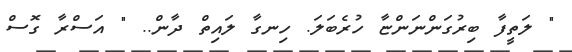
" ލަތީފާ ބިރުގަންނަންޏާ ހުރެބަލަ. ހިނގާ ލައިތް ދާން.. " އަސްރާ ގޮސް